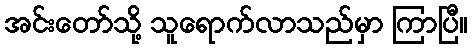
အင်းတော်သို့ သူရောက်လာသည်မှာ ကြာပြီ။